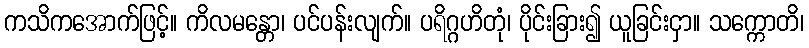
ကသိကအောက်ဖြင့်။ ကိလမန္တော၊ ပင်ပန်းလျက်။ ပရိဂ္ဂဟိတုံ၊ ပိုင်းခြား၍ ယူခြင်းငှာ။ သက္ကောတိ၊